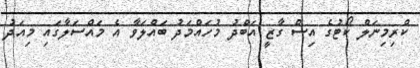
ކްރިމިނަލް ކޯޓުގެ އިސް ގާޒީ އަބްދު މުހައްމަދު ބައްލަވާ އެ މައްސަލާގައި މިއަދު